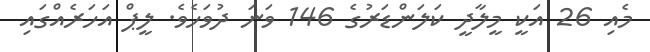
މެއި 26 އަކީ މީލާދީ ކަލަންޑަރުގެ 146 ވަނަ ދުވަހެވެ. ލީޕް އަހަރެއްގައި